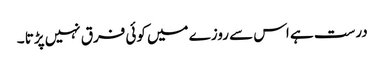
درست ہے اس سے روزے میں کوئی فرق نہیں پڑتا ۔